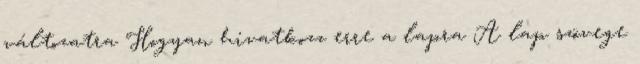
változatra Hogyan hivatkozz erre a lapra A lap szövege